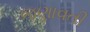
જણાવતી